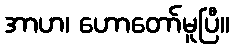
အာဟ၊ ဟောတော်မူပြီ။